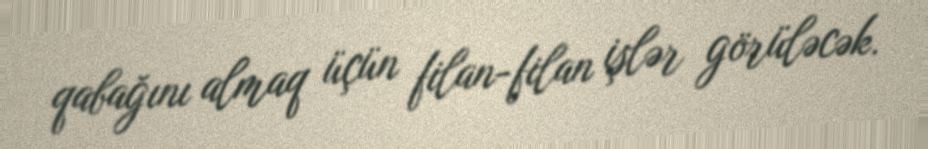
qabağını almaq üçün filan-filan işlər görüləcək.